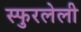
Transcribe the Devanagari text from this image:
स्फुरलेली